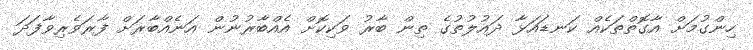
ހިންގުމަށް އާގޮތްތަކެއް ކަނޑައަޅާ ދައުލުތުގެ ތިން ބާރު ވަކިކޮށް އެއްބާރުނުން އަނެއްބާރަށް ފާރަވެރިވާފަދަ